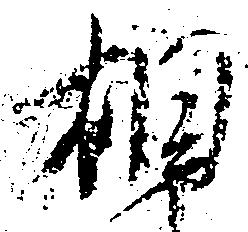
相